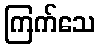
ကြက်သေ